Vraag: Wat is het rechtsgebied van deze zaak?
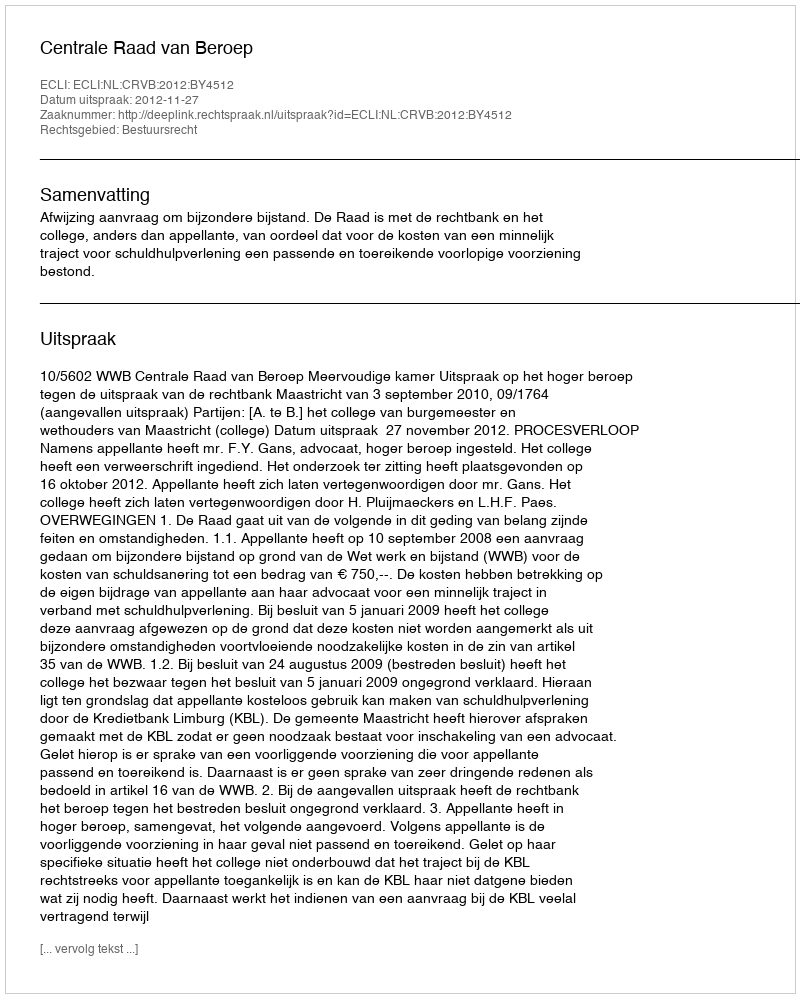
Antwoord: Bestuursrecht